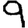
Digit: 9